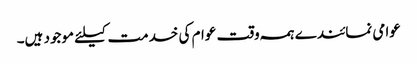
عوامی نمائندے ہمہ وقت عوام کی خدمت کیلئے موجود ہیں۔